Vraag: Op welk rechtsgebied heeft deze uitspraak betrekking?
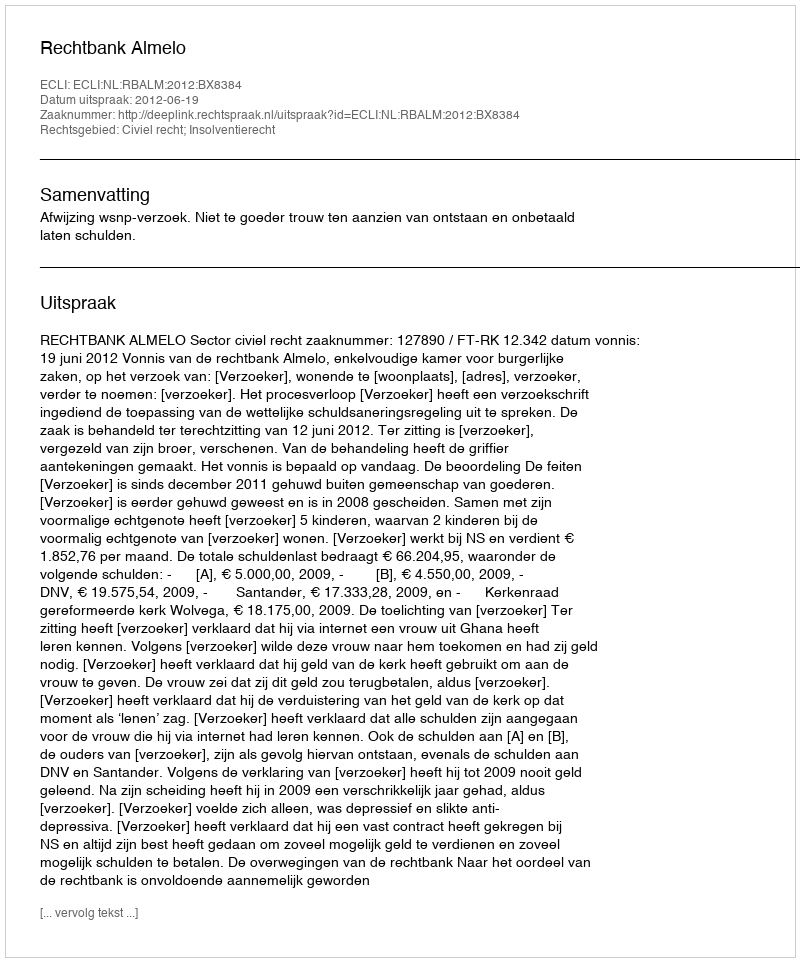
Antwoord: Civiel recht; Insolventierecht